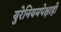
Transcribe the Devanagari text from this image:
युरेनियमपेक्षाही